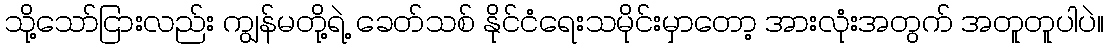
သို့သော်ငြားလည်း ကျွန်မတို့ရဲ့ ခေတ်သစ် နိုင်ငံရေးသမိုင်းမှာတော့ အားလုံးအတွက် အတူတူပါပဲ။